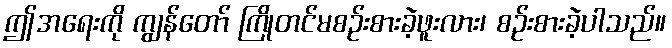
ဤအရေးကို ကျွန်တော် ကြိုတင်မစဉ်းစားခဲ့ဖူးလား၊ စဉ်းစားခဲ့ပါသည်။